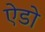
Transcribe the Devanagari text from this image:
ऐडो